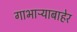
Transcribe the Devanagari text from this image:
गाभाऱ्याबाहेर